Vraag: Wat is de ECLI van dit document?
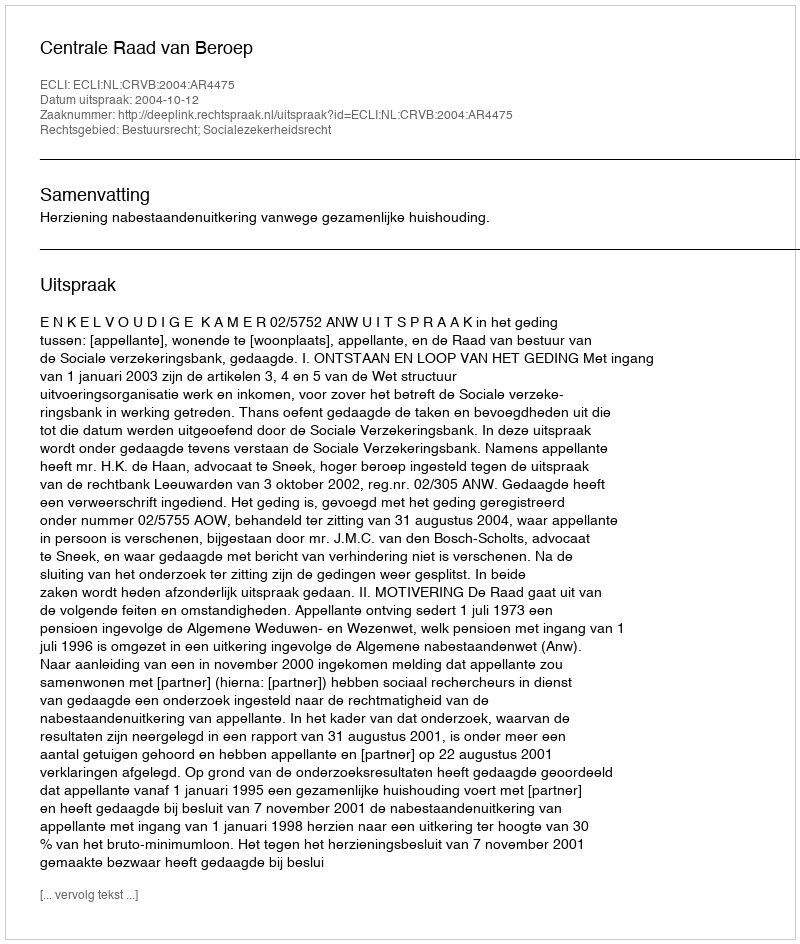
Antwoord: ECLI:NL:CRVB:2004:AR4475